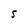
Character: S